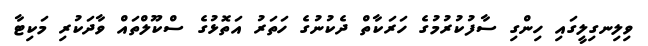
ވިލިނގިލީގައި ހިންގި ސާފުކުރުމުގެ ހަަރަކާތް ދެކުނުގެ ހަތަރު އަތޮޅުގެ ސްކޫލްތައް ވާދަކުރި މަކިޓާ